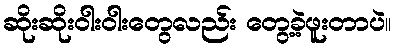
ဆိုးဆိုးဝါးဝါးတွေလည်း တွေ့ခဲ့ဖူးတာပဲ။